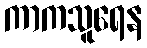
ကာကသူရေန